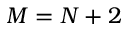
M = N + 2